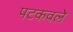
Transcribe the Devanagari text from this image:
पटकवले